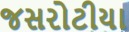
જસરોટીયા